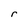
Character: r